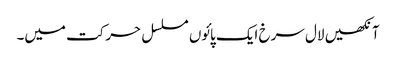
آنکھیں لال سرخ ایک پائوں مسلسل حرکت میں۔